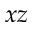
_ { x z }